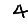
Digit: 4